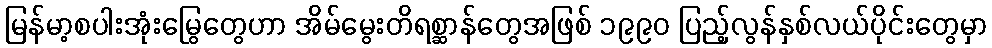
မြန်မာ့စပါးအုံးမြွေတွေဟာ အိမ်မွေးတိရစ္ဆာန်တွေအဖြစ် ၁၉၉၀ ပြည့်လွန်နှစ်လယ်ပိုင်းတွေမှာ